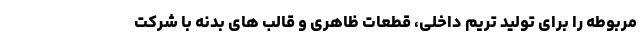
مربوطه را برای تولید تریم داخلی، قطعات ظاهری و قالب های بدنه با شرکت